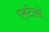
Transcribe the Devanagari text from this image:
एस्टेल्ले